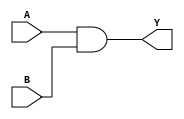
module combinational_logic (
    input wire A,
    input wire B,
    output reg Y
);

always @(*) begin
    Y = A & B; // Example of a combinational logic operation
end

endmodule